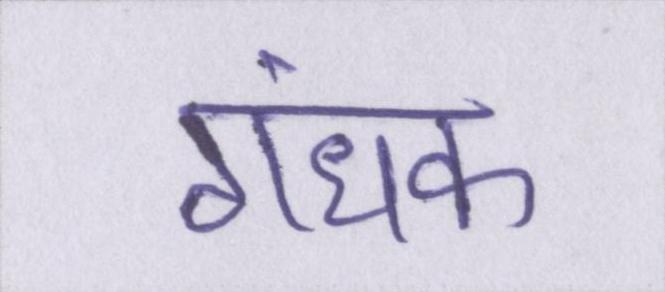
गंधक